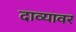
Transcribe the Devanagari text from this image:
दाव्यावर